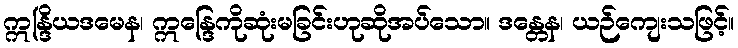
ဣန္ဒြိယဒမေန၊ ဣန္ဒြေကိုဆုံးမခြင်းဟုဆိုအပ်သော။ ဒန္တေန၊ ယဉ်ကျေးသဖြင့်။